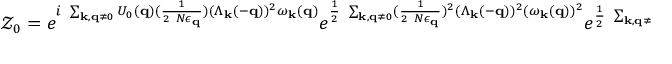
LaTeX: { \mathcal { Z } } _ { 0 } = e ^ { i \mathrm { ~ } \sum _ { { \bf { k } } , { \bf { q } } \neq 0 } U _ { 0 } ( { \bf { q } } ) ( \frac { 1 } { 2 \mathrm { ~ } N \epsilon _ { { \bf { q } } } } ) ( \Lambda _ { { \bf { k } } } ( - { \bf { q } } ) ) ^ { 2 } \omega _ { { \bf { k } } } ( { \bf { q } } ) } e ^ { \frac { 1 } { 2 } \mathrm { ~ } \sum _ { { \bf { k } } , { \bf { q } } \neq 0 } ( \frac { 1 } { 2 \mathrm { ~ } N \epsilon _ { { \bf { q } } } } ) ^ { 2 } ( \Lambda _ { { \bf { k } } } ( - { \bf { q } } ) ) ^ { 2 } ( \omega _ { { \bf { k } } } ( { \bf { q } } ) ) ^ { 2 } } e ^ { \frac { 1 } { 2 } \mathrm { ~ } \sum _ { { \bf { k } } , { \bf { q } } \neq 0 } ( U _ { 0 } ( { \bf { q } } ) ) ^ { 2 } ( \Lambda _ { { \bf { k } } } ( - { \bf { q } } ) ) ^ { 2 } }